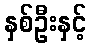
နှစ်ဦးနှင့်